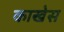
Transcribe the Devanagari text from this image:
काखेस